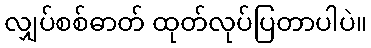
လျှပ်စစ်ဓာတ် ထုတ်လုပ်ပြတာပါပဲ။